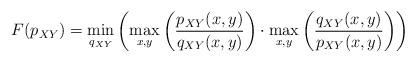
LaTeX: \begin{align*}&F(p_{XY})=\min_{q_{XY}}\left(\max_{x,y}\left(\frac{p_{XY}(x,y)}{q_{XY}(x,y)}\right)\cdot\max_{x,y}\left(\frac{q_{XY}(x,y)}{p_{XY}(x,y)}\right)\right)\end{align*}